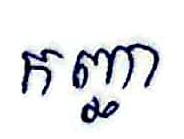
កញ្ឆា